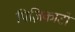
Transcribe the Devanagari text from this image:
पिज़िकाटो